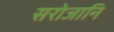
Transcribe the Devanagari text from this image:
सरोजानि